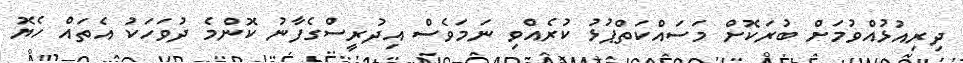
ދިރިއުޅުއްވުމަށް ބުރަކޮށް މަސައްކަތްޕުޅު ކުރެއްވި ނަމަވެސް އިދުރީސްގެފާނު ކޮންމެ ދުވަހަކު އެތައް ހެޔޮ